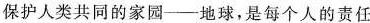
保护人类共同的家园—地球，是每个人的责任